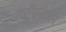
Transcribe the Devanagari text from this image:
वुमैनस